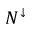
N ^ { \downarrow }